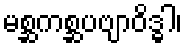
မစ္ဆကစ္ဆပဗျာဝိဒ္ဓါ၊